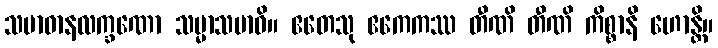
သမာဓာနလက္ခဏော သမ္မာသမာဓိ။ ဧတေသု ဧကေကဿ တီဏိ တီဏိ ကိစ္စာနိ ဟောန္တိ။